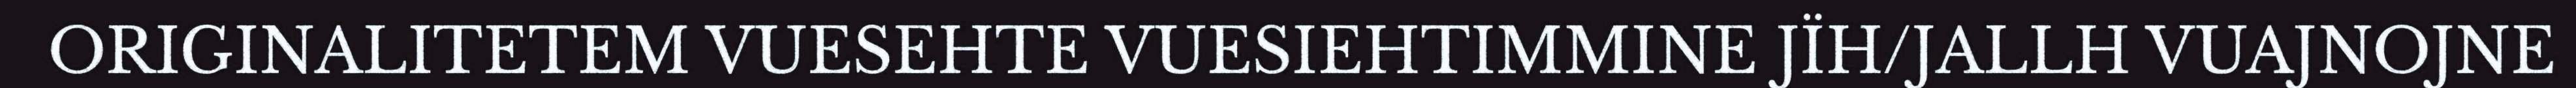
ORIGINALITETEM VUESEHTE VUESIEHTIMMINE JÏH/JALLH VUAJNOJNE